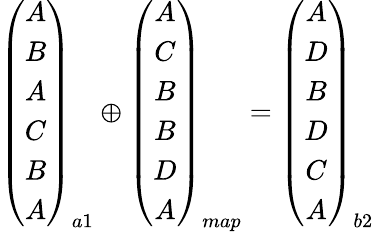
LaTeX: \begin{array}{r}{\left(\begin{array}{c}{A}\\ {B}\\ {A}\\ {C}\\ {B}\\ {A}\end{array}\right)_{a1}\oplus\left(\begin{array}{c}{A}\\ {C}\\ {B}\\ {B}\\ {D}\\ {A}\end{array}\right)_{map}=\left(\begin{array}{c}{A}\\ {D}\\ {B}\\ {D}\\ {C}\\ {A}\end{array}\right)_{b2}}\end{array}